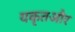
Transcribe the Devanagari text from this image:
यकृतऔर